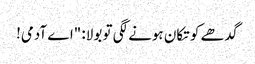
گدھے کو تکان ہونے لگی تو بولا: "اے آدمی!